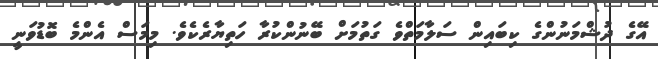
އޭގެ ދުޝްމަނުންގެ ކިބައިން ސަލާމަތްވެ ގަތުމަށް ބޭނުންކުރާ ހަތިޔާރެކެވެ. މިމަސް އެންމެ ބޮޑުވަނީ